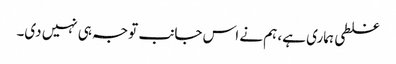
غلطی ہماری ہے، ہم نے اس جانب توجہ ہی نہیں دی۔